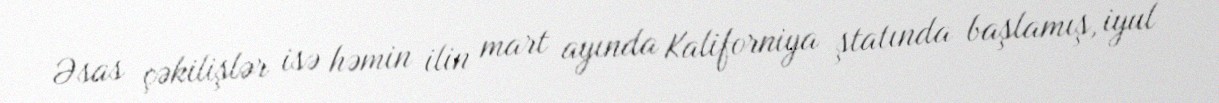
Əsas çəkilişlər isə həmin ilin mart ayında Kaliforniya ştatında başlamış, iyul